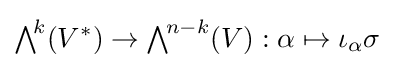
{\textstyle \bigwedge }^{\!k}(V^{*})\to {\textstyle \bigwedge }^{\!n-k}(V):\alpha \mapsto \iota _{\alpha }\sigma